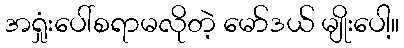
အရှုံးပေါ်စရာမလိုတဲ့ မော်ဒယ် မျိုးပေါ့။